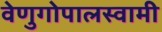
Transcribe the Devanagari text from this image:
वेणुगोपालस्‍वामी